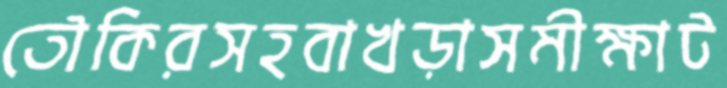
তৌকিরসহবাখড়াসমীক্ষাট